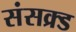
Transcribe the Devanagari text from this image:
संसक्र्ड